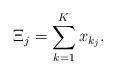
LaTeX: \begin{align*}\Xi_j=\sum_{k=1}^K x_{k_j}. \end{align*}